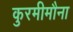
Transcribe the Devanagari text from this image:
कुरमीमौना